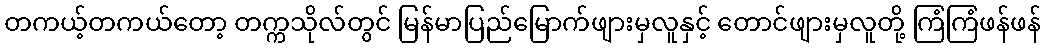
တကယ့်တကယ်တော့ တက္ကသိုလ်တွင် မြန်မာပြည်မြောက်ဖျားမှလူနှင့် တောင်ဖျားမှလူတို့ ကြံကြံဖန်ဖန်